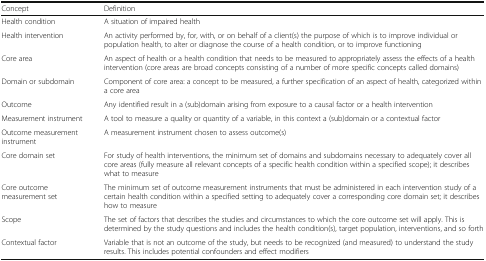
| Concept | Definition |
 | --- | --- |
 | Health condition | A situation of impaired health |
 | Health intervention | An activity performed by, for, with, or on behalf of a client(s) the purpose of which is to improve individual or population health, to alter or diagnose the course of a health condition, or to improve functioning |
 | Core area | An aspect of health or a health condition that needs to be measured to appropriately assess the effects of a health intervention (core areas are broad concepts consisting of a number of more specific concepts called domains) |
 | Domain or subdomain | Component of core area: a concept to be measured, a further specification of an aspect of health, categorized within a core area |
 | Outcome | Any identified result in a (sub)domain arising from exposure to a causal factor or a health intervention |
 | Measurement instrument | A tool to measure a quality or quantity of a variable, in this context a (sub)domain or a contextual factor |
 | Outcome measurement instrument | A measurement instrument chosen to assess outcome(s) |
 | Core domain set | For study of health interventions, the minimum set of domains and subdomains necessary to adequately cover all core areas (fully measure all relevant concepts of a specific health condition within a specified scope); it describes what to measure |
 | Core outcome measurement set | The minimum set of outcome measurement instruments that must be administered in each intervention study of a certain health condition within a specified setting to adequately cover a corresponding core domain set; it describes how to measure |
 | Scope | The set of factors that describes the studies and circumstances to which the core outcome set will apply. This is determined by the study questions and includes the health condition(s), target population, interventions, and so forth |
 | Contextual factor | Variable that is not an outcome of the study, but needs to be recognized (and measured) to understand the study results. This includes potential confounders and effect modifiers |